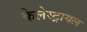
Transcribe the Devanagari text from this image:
केलेस्ट्रायल